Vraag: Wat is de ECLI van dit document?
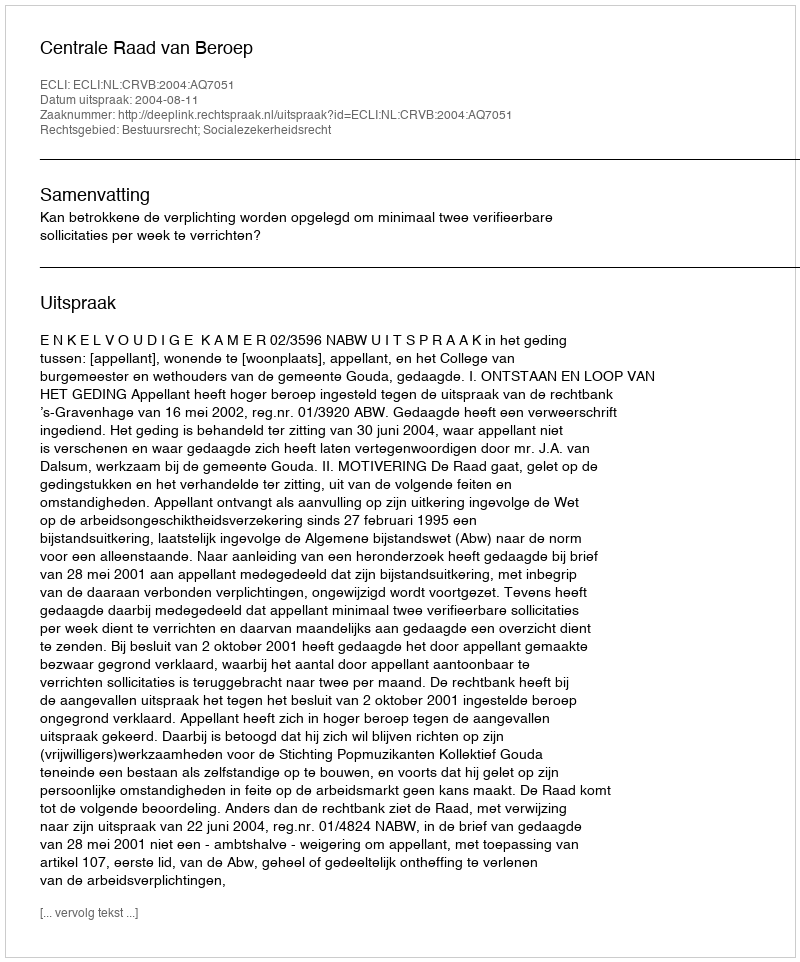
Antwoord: ECLI:NL:CRVB:2004:AQ7051